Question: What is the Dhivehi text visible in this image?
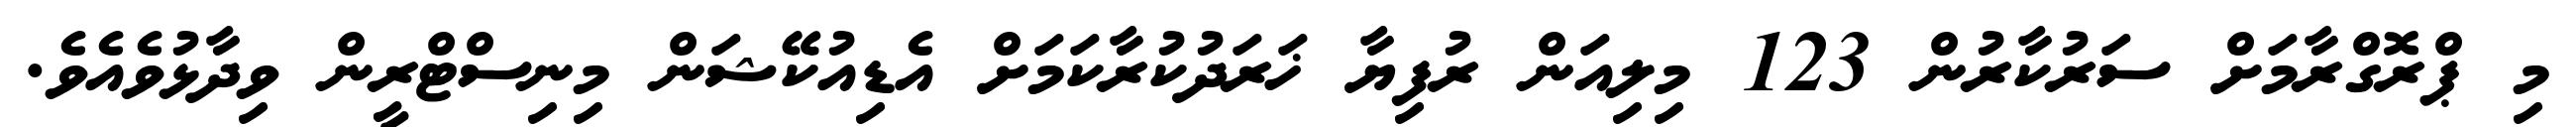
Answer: މި ޕްރޮގްރާމަށް ސަރުކާރުން 123 މިލިއަން ރުފިޔާ ޚަރަދުކުރާކަމަށް އެޑިއުކޭޝަން މިނިސްޓްރީން ވިދާޅުވެއެވެ.